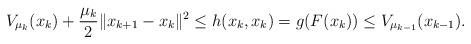
LaTeX: \begin{align*}V_{\mu_k}(x_{k}) + \frac{\mu_k}{2}\|x_{k+1} - x_k\|^2 \leq h(x_k, x_k) = g(F(x_k)) \leq V_{\mu_{k-1}}(x_{k-1}).\end{align*}